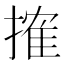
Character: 搉